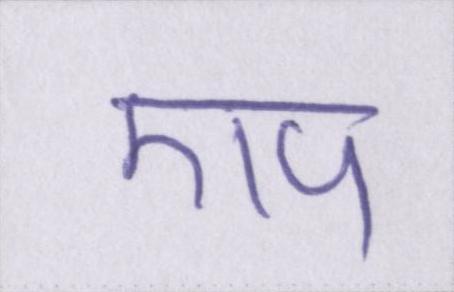
एप